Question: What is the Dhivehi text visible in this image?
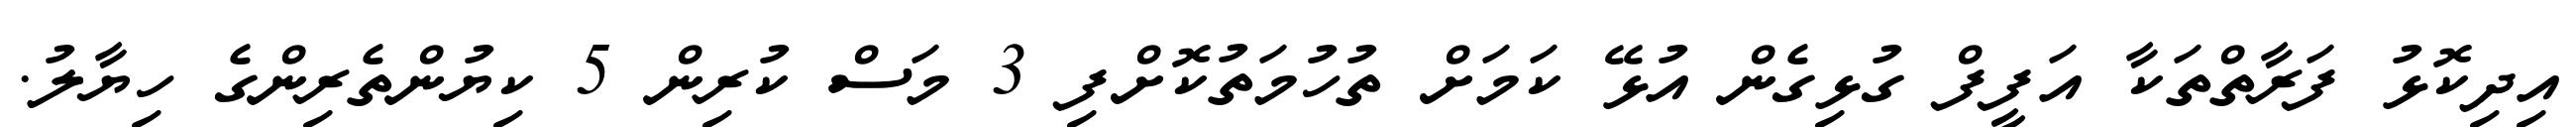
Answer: އިދިކޮޅު ފަރާތްތަކާ އަފީފް ގުޅިގެން އުޅޭ ކަމަށް ތުހުމަތުކޮށްފި 3 މަސް ކުރިން 5 ކިޔުންތެރިންގެ ހިޔާލު.